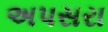
અપસરા